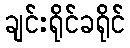
ချင်းရိုင်ခရိုင်